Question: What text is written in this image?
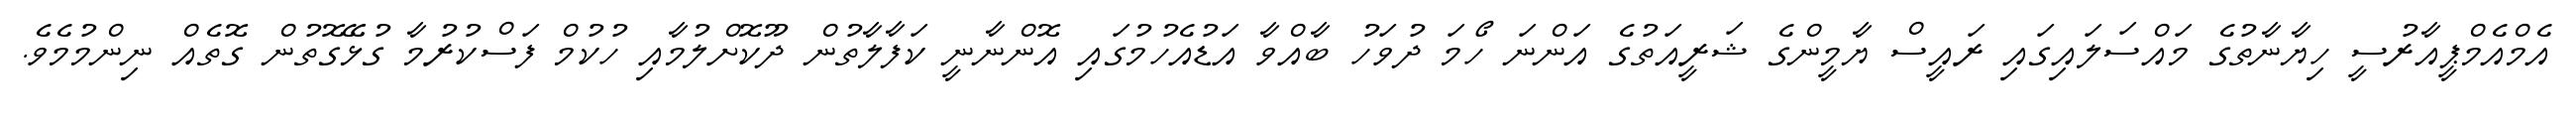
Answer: އެމްއެމްޕީއާރުސީ ހިޔާނާތުގެ މައްސަލައިގައި ރައީސް ޔާމީންގެ ޝަރީއަތުގެ އަންނަ ހޯމަ ދުވަހު ބާއްވާ އަޑުއެހުމުގައި އޮންނާނީ ކަފާލާތުން ދޫކޮށްލުމާއި ހުކުމް ފަސްކުރުމާ ގުޅޭގޮތުން ގޮތެއް ނިންމުމެވެ.